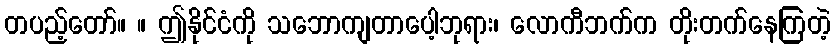
တပည့်တော်။ ။ ဤနိုင်ငံကို သဘောကျတာပေါ့ဘုရား၊ လောကီဘက်က တိုးတက်နေကြတဲ့